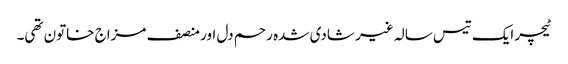
ٹیچر ایک تیس سالہ غیر شادی شدہ رحم دل اور منصف مزاج خاتون تھی۔